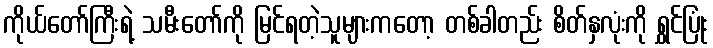
ကိုယ်တော်ကြီးရဲ့ သမီးတော်ကို မြင်ရတဲ့သူများကတော့ တစ်ခါတည်း စိတ်နှလုံးကို ရွှင်ပြုံး